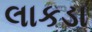
લાકડા